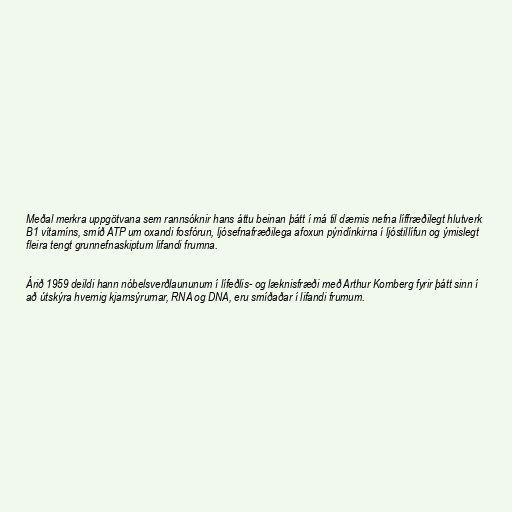
Meðal merkra uppgötvana sem rannsóknir hans áttu beinan þátt í má til dæmis nefna líffræðilegt hlutverk
B1 vítamíns, smíð ATP um oxandi fosfórun, ljósefnafræðilega afoxun pýridínkirna í ljóstillífun og ýmislegt
fleira tengt grunnefnaskiptum lifandi frumna.

Árið 1959 deildi hann nóbelsverðlaununum í lífeðlis- og læknisfræði með Arthur Kornberg fyrir þátt sinn í
að útskýra hvernig kjarnsýrurnar, RNA og DNA, eru smíðaðar í lifandi frumum.